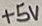
Text: +5V